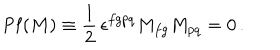
LaTeX: \mathrm { P f } ( M ) \equiv \frac 1 2 \, \epsilon ^ { f g p q } M _ { f g } M _ { p q } = 0 \, .